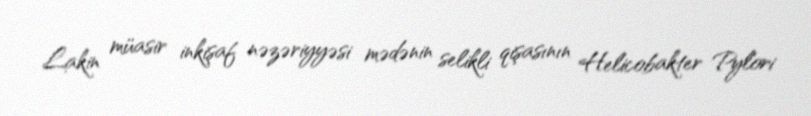
Lakin müasir inkişaf nəzəriyyəsi mədənin selikli qişasının Helicobakter Pylori